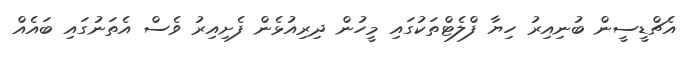
އެޗްޑީސީން ބުނިއިރު ހިޔާ ފްލެޓްތަކުގައި މީހުން ދިރިއުޅެން ފެށިއިރު ވެސް އެތަނުގައި ބައެއް